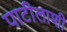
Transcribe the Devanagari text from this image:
पाटीलाशी